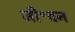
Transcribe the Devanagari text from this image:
जी॰वन